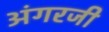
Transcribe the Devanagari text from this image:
अंगरजी